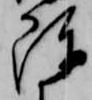
陳